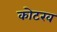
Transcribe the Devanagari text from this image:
कोटख